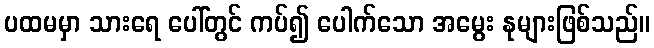
ပထမမှာ သားရေ ပေါ်တွင် ကပ်၍ ပေါက်သော အမွေး နုများဖြစ်သည်။